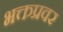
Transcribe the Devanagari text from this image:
भक्तप्रवर